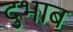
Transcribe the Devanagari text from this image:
दुभाब